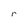
Character: r